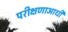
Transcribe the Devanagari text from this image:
परीक्षणाआधी